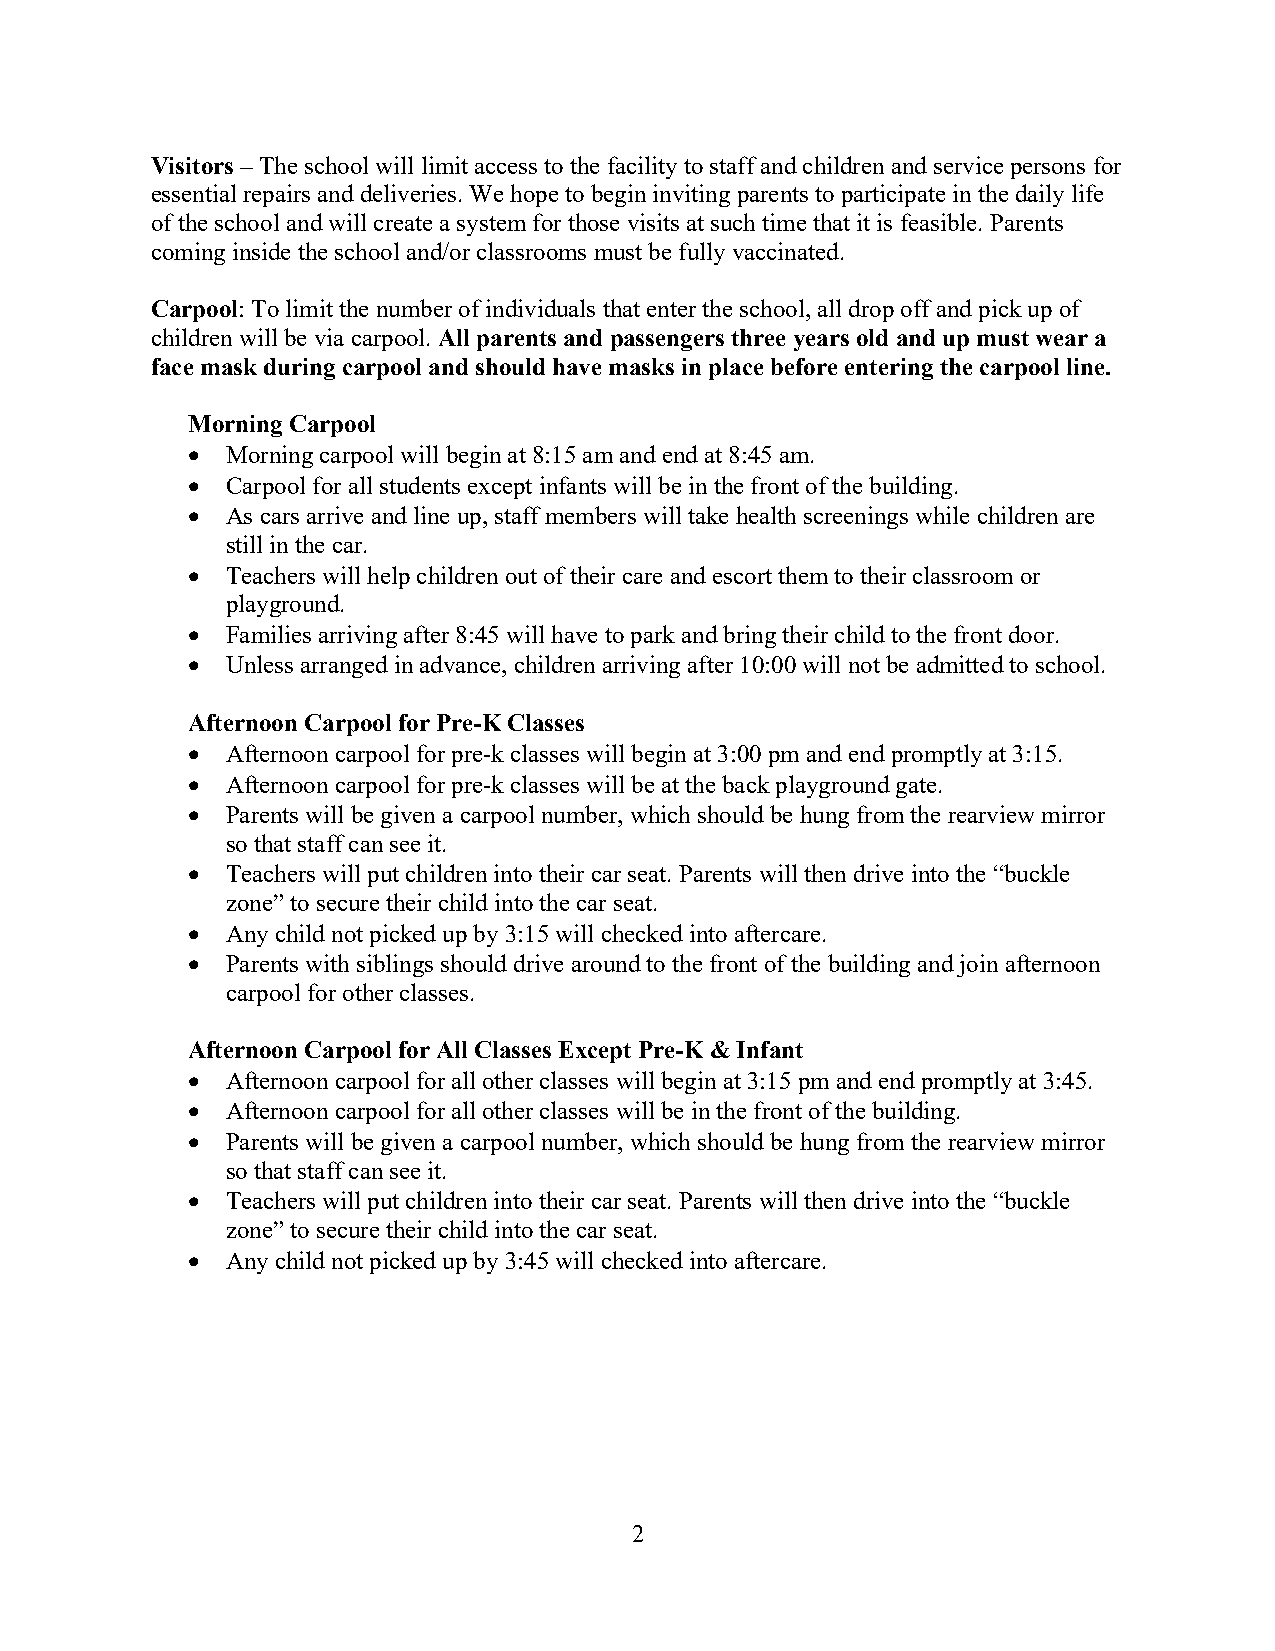
Visitors – The school will limit access to the facility to staff and children and service persons for
 essential repairs and deliveries. We hope to begin inviting parents to participate in the daily life
 of the school and will create a system for those visits at such time that it is feasible. Parents
 coming inside the school and/or classrooms must be fully vaccinated.
 Carpool: To limit the number of individuals that enter the school, all drop off and pick up of
 children will be via carpool. All parents and passengers three years old and up must wear a
 face mask during carpool and should have masks in place before entering the carpool line.
 Morning Carpool
 •  Morning carpool will begin at 8:15 am and end at 8:45 am.
 •  Carpool for all students except infants will be in the front of the building.
 •  As cars arrive and line up, staff members will take health screenings while children are
 still in the car.
 •  Teachers will help children out of their care and escort them to their classroom or
 playground.
 •  Families arriving after 8:45 will have to park and bring their child to the front door.
 •  Unless arranged in advance, children arriving after 10:00 will not be admitted to school.
 Afternoon Carpool for Pre-K Classes
 •  Afternoon carpool for pre-k classes will begin at 3:00 pm and end promptly at 3:15.
 •  Afternoon carpool for pre-k classes will be at the back playground gate.
 •  Parents will be given a carpool number, which should be hung from the rearview mirror
 so that staff can see it.
 •  Teachers will put children into their car seat. Parents will then drive into the “buckle
 zone” to secure their child into the car seat.
 •  Any child not picked up by 3:15 will checked into aftercare.
 •  Parents with siblings should drive around to the front of the building and join afternoon
 carpool for other classes.
 Afternoon Carpool for All Classes Except Pre-K & Infant
 •  Afternoon carpool for all other classes will begin at 3:15 pm and end promptly at 3:45.
 •  Afternoon carpool for all other classes will be in the front of the building.
 •  Parents will be given a carpool number, which should be hung from the rearview mirror
 so that staff can see it.
 •  Teachers will put children into their car seat. Parents will then drive into the “buckle
 zone” to secure their child into the car seat.
 •  Any child not picked up by 3:45 will checked into aftercare.
 2